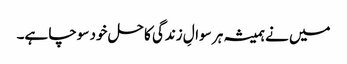
میں نے ہمیشہ ہر سوالِ زندگی کا حل خود سوچا ہے۔